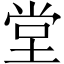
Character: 堂